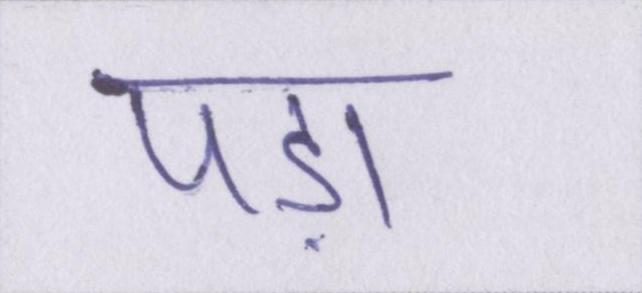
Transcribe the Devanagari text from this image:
पड़ा।